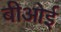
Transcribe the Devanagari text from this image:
बीओई